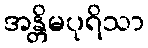
အန္တိမပုရိသာ